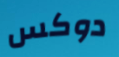
دوكس